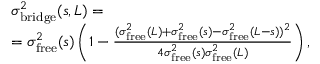
\begin{array} { r l } & { \sigma _ { \mathrm { b r i d g e } } ^ { 2 } ( s , L ) = } \\ & { = \sigma _ { \mathrm { f r e e } } ^ { 2 } ( s ) \left( 1 - \frac { ( \sigma _ { \mathrm { f r e e } } ^ { 2 } ( L ) + \sigma _ { \mathrm { f r e e } } ^ { 2 } ( s ) - \sigma _ { \mathrm { f r e e } } ^ { 2 } ( L - s ) ) ^ { 2 } } { 4 \sigma _ { \mathrm { f r e e } } ^ { 2 } ( s ) \sigma _ { \mathrm { f r e e } } ^ { 2 } ( L ) } \right) , } \end{array}